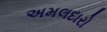
અમલદારો